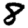
Digit: 8